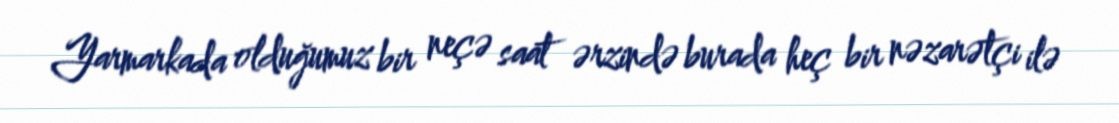
Yarmarkada olduğumuz bir neçə saat ərzində burada heç bir nəzarətçi ilə